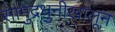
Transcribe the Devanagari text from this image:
सामुद्रधुनीखालून